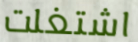
اشتغلت